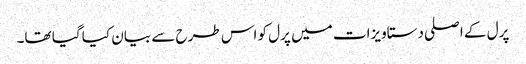
پرل کے اصلی دستاویزات میں پرل کو اس طرح سے بیان کیا گیا تھا۔